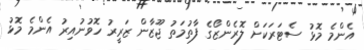
އެންމެ މޮޅު ސެޓަރަކަށް ލޮރެންޒޯގެ ފާތުމަތު ޖޫޒާން ޒަރީރު ހޮވުނުއިރު އެންމެ މޮޅު